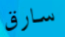
سارق